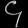
Digit: ၄